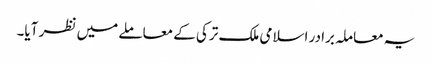
یہ معاملہ برادر اسلامی ملک ترکی کے معاملے میں نظر آیا۔